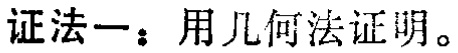
证法一：用几何法证明。